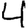
Digit: 4